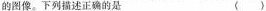
的图像。下列描述正确的是（）